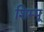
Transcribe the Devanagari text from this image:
शिम्पू